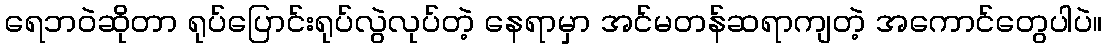
ရေဘဝဲဆိုတာ ရုပ်ပြောင်းရုပ်လွဲလုပ်တဲ့ နေရာမှာ အင်မတန်ဆရာကျတဲ့ အကောင်တွေပါပဲ။